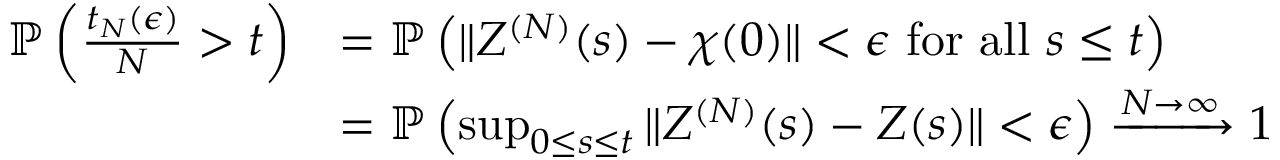
\begin{array} { r l } { \mathbb { P } \left( \frac { t _ { N } ( \epsilon ) } { N } > t \right) } & { = \mathbb { P } \left( \| Z ^ { ( N ) } ( s ) - \chi ( 0 ) \| < \epsilon \mathrm { ~ f o r ~ a l l ~ } s \le t \right) } \\ & { = \mathbb { P } \left( \operatorname* { s u p } _ { 0 \le s \le t } \| Z ^ { ( N ) } ( s ) - Z ( s ) \| < \epsilon \right) \xrightarrow { N \to \infty } 1 } \end{array}